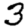
Digit: 3